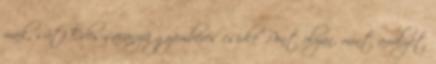
mák, süti Édes-savanyú gyömbéres csirke Pont olyan, mint amilyet